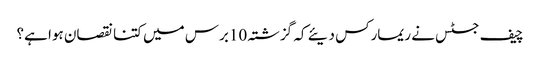
چیف جسٹس نے ریمارکس دیئے کہ گزشتہ 10برس میں کتنا نقصان ہوا ہے؟